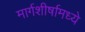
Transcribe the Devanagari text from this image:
मार्गशीर्षामध्ये